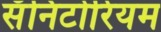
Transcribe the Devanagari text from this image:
सॅनिटोरियम